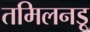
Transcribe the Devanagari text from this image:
तमिलनडू